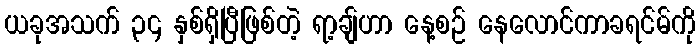
ယခုအသက် ၃၄ နှစ်ရှိပြီဖြစ်တဲ့ ရာ့ချ်ဟာ နေ့စဉ် နေလောင်ကာခရင်မ်ကို